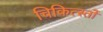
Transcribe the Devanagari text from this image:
चिकित्स्तों